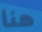
هنا